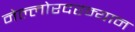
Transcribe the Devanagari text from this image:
नेल्लोरदरम्यान